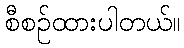
စီစဉ်ထားပါတယ်။